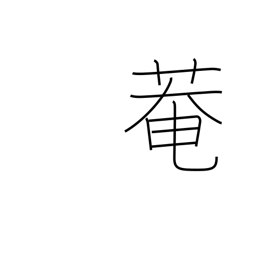
Meaning: hermitage